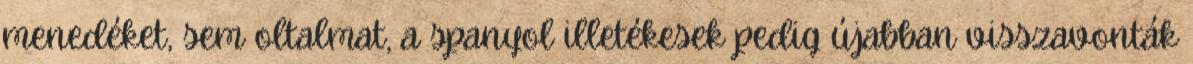
menedéket, sem oltalmat, a spanyol illetékesek pedig újabban visszavonták